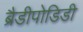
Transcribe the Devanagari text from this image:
ब्रैडीपोडिडी